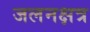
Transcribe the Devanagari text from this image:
जलनक्षत्र